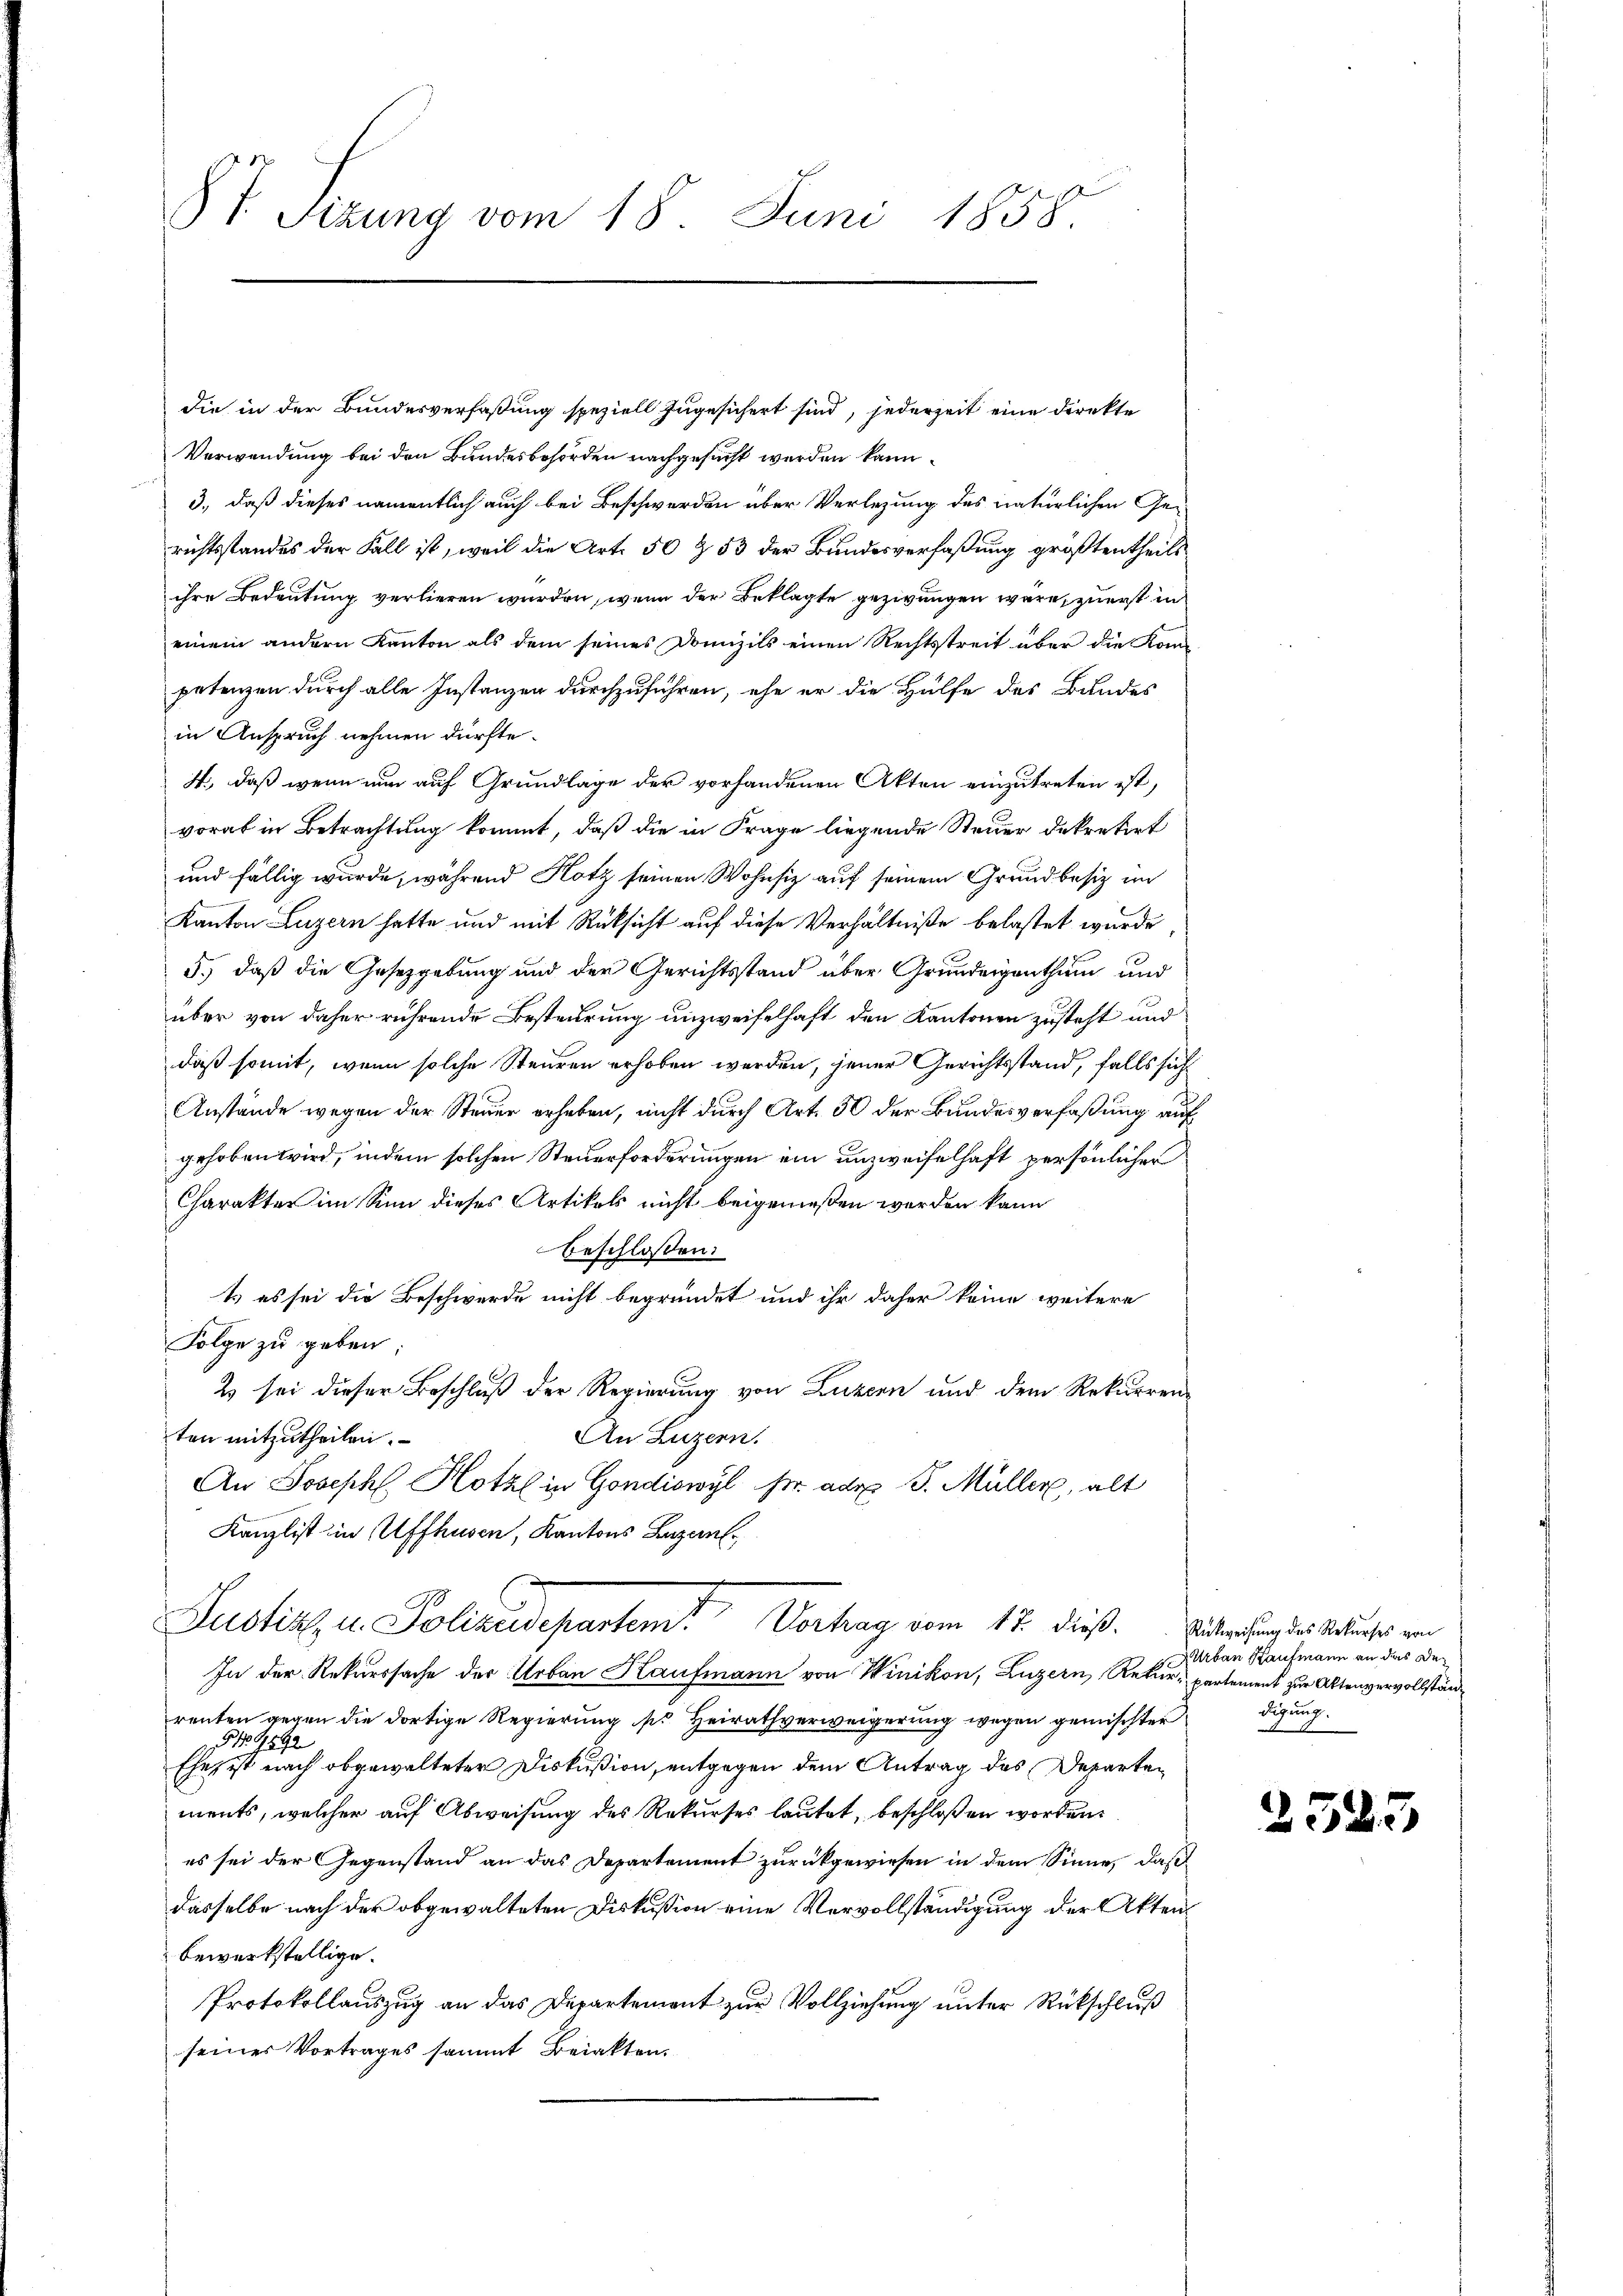
§ 7. Sezung vom 18. Juni 1858

die in der Bundesverfaßung speziell zugesichert sind, jederzeit eine Direkte
Verwendung bei den Bundesbehörden nachgesucht werden kann.
3., daß dieses namentlich auch bei Beschwerden über Verlegung des natürlichen Gerichtsstandes der Fall ist, weil die Art. 50 & 53 der Bundesverfaßung größtentheils
ihre Bedeutung verlieren wurden, wenn der Beklagte gezwungen wäre, zuerst in
einem andern Kanton als dem seines Domizils einen Rechtsstreit über die Kom-
petenzen durch alle Instanzen durchzuführen, ehe er die Hülfe des Bundes
in Anspruch nehmen dürfte.
4., daß wenn nun auf Grundlage der vorhandenen Akten einzutreten ist,
vorab in Betrachtung kommt, daß die in Frage liegende Steuer dekretirt
und fällig wurde, während Hotz seinen Wohnsitz auf seinem Grundbesiz im
Kanton Luzern hatte und mit Rücksicht auf diese Verhältniße belastet wurde
5.) daß die Gesetzgebung und der Gerichtsstand über Grundeigenthum und
über von daher rührende Besteurung unzweifelhaft den Kantonen zusteht und
daß somit, wenn solche Steuren erhoben werden, jener Gerichtsstand, falls sich
Anstände wegen der Steuer erheben, nicht durch Art. 30 der Bundesverfaßung auf
gehoben wird, indem solchen Steuerforderungen ein unzweifelhaft persönlicher
Charakter im Sinn dieses Artikels nicht beigenießen werden kann
beschlossen:
1) es sei die Beschwerde nicht begründet und ihr daher keine weitere
Folge zu geben;
2) sei dieser Beschluß der Regierung von Luzern und dem Rekurren¬
An Luzern.
ten mitzutheilen.
An Josephl. Hotz in Gondiswyl Fr. ad S. Müller, alt
Kanzlist im Affhusen, Kantons Bazen
J
Justiz- u. Polizeidepartem Vortrag vom 17. dieß.
In der Rekurssache der Urban Haufmann von Winikon, Luzern, Rekur, partement zur Aktenvervollständ
renten gegen die dortige Regierung sie Heirathverweigerung wegen gemischterdigung.
 N° 9592
Ehe, ist nach abgewalteter Diskußion, entgegen dem Antrag des Departen
ments, welcher auf Abweisung des Rekurses lautet, beschloßen worden.
es sei der Gegenstand an das Departement zurückgewiesen in dem Sinne, daß
dasselbe nach der obgewalteten Diskußion eine Vervollständigung der Aktenbewerkstellige.
Protokollauszug an das Departement zur Vollziehung unter Rückschluß
seiner Vortrages sammt Beiakten.

Rückweisung des Rekurses von
Urban Kaufmann an das De¬

2523